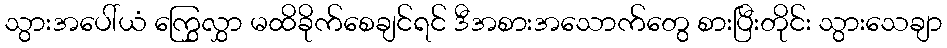
သွားအပေါ်ယံ ကြွှေလွှာ မထိခိုက်စေချင်ရင် ဒီအစားအသောက်တွေ စားပြီးတိုင်း သွားသေချာ